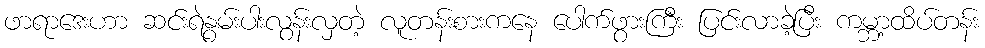
ဖာရာဒေးဟာ ဆင်းရဲနွမ်းပါးလွန်းလှတဲ့ လူတန်းစားကနေ ပေါက်ဖွားကြီး ပြင်းလာခဲ့ပြီး ကမ္ဘာ့ထိပ်တန်း